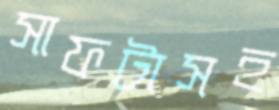
সাফটাসহ